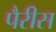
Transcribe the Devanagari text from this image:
पैरीस